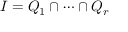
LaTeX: I = Q _ { 1 } \cap \cdots \cap Q _ { r }